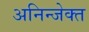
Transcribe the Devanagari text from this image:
अनिन्जेक्त